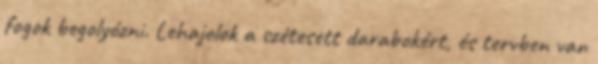
fogok begolyózni. Lehajolok a szétesett darabokért, és tervben van